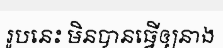
រូបនេះ មិនបានធ្វើឲ្យនាង